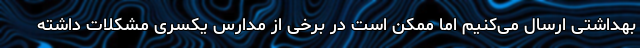
بهداشتی ارسال می‌کنیم اما ممکن است در برخی از مدارس یکسری مشکلات داشته